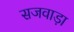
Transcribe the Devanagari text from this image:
सजवाड़ा